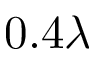
0 . 4 \lambda